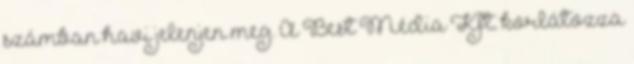
számban havi jelenjen meg. A Best Média Kft. korlátozza